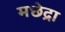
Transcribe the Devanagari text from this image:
मछेद्रा